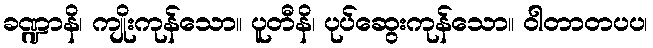
ခဏ္ဍာနိ၊ ကျိုးကုန်သော။ ပူတီနိ၊ ပုပ်ဆွေးကုန်သော။ ဝါတာတပပ၊